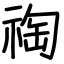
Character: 祹